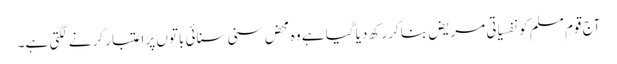
آج قومِ مسلم کو نفسیاتی مریض بناکر رکھ دیا گیا ہے وہ محض سنی سنائی باتوں پر اعتبار کرنے لگتی ہے۔